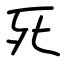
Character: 死